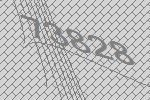
73828